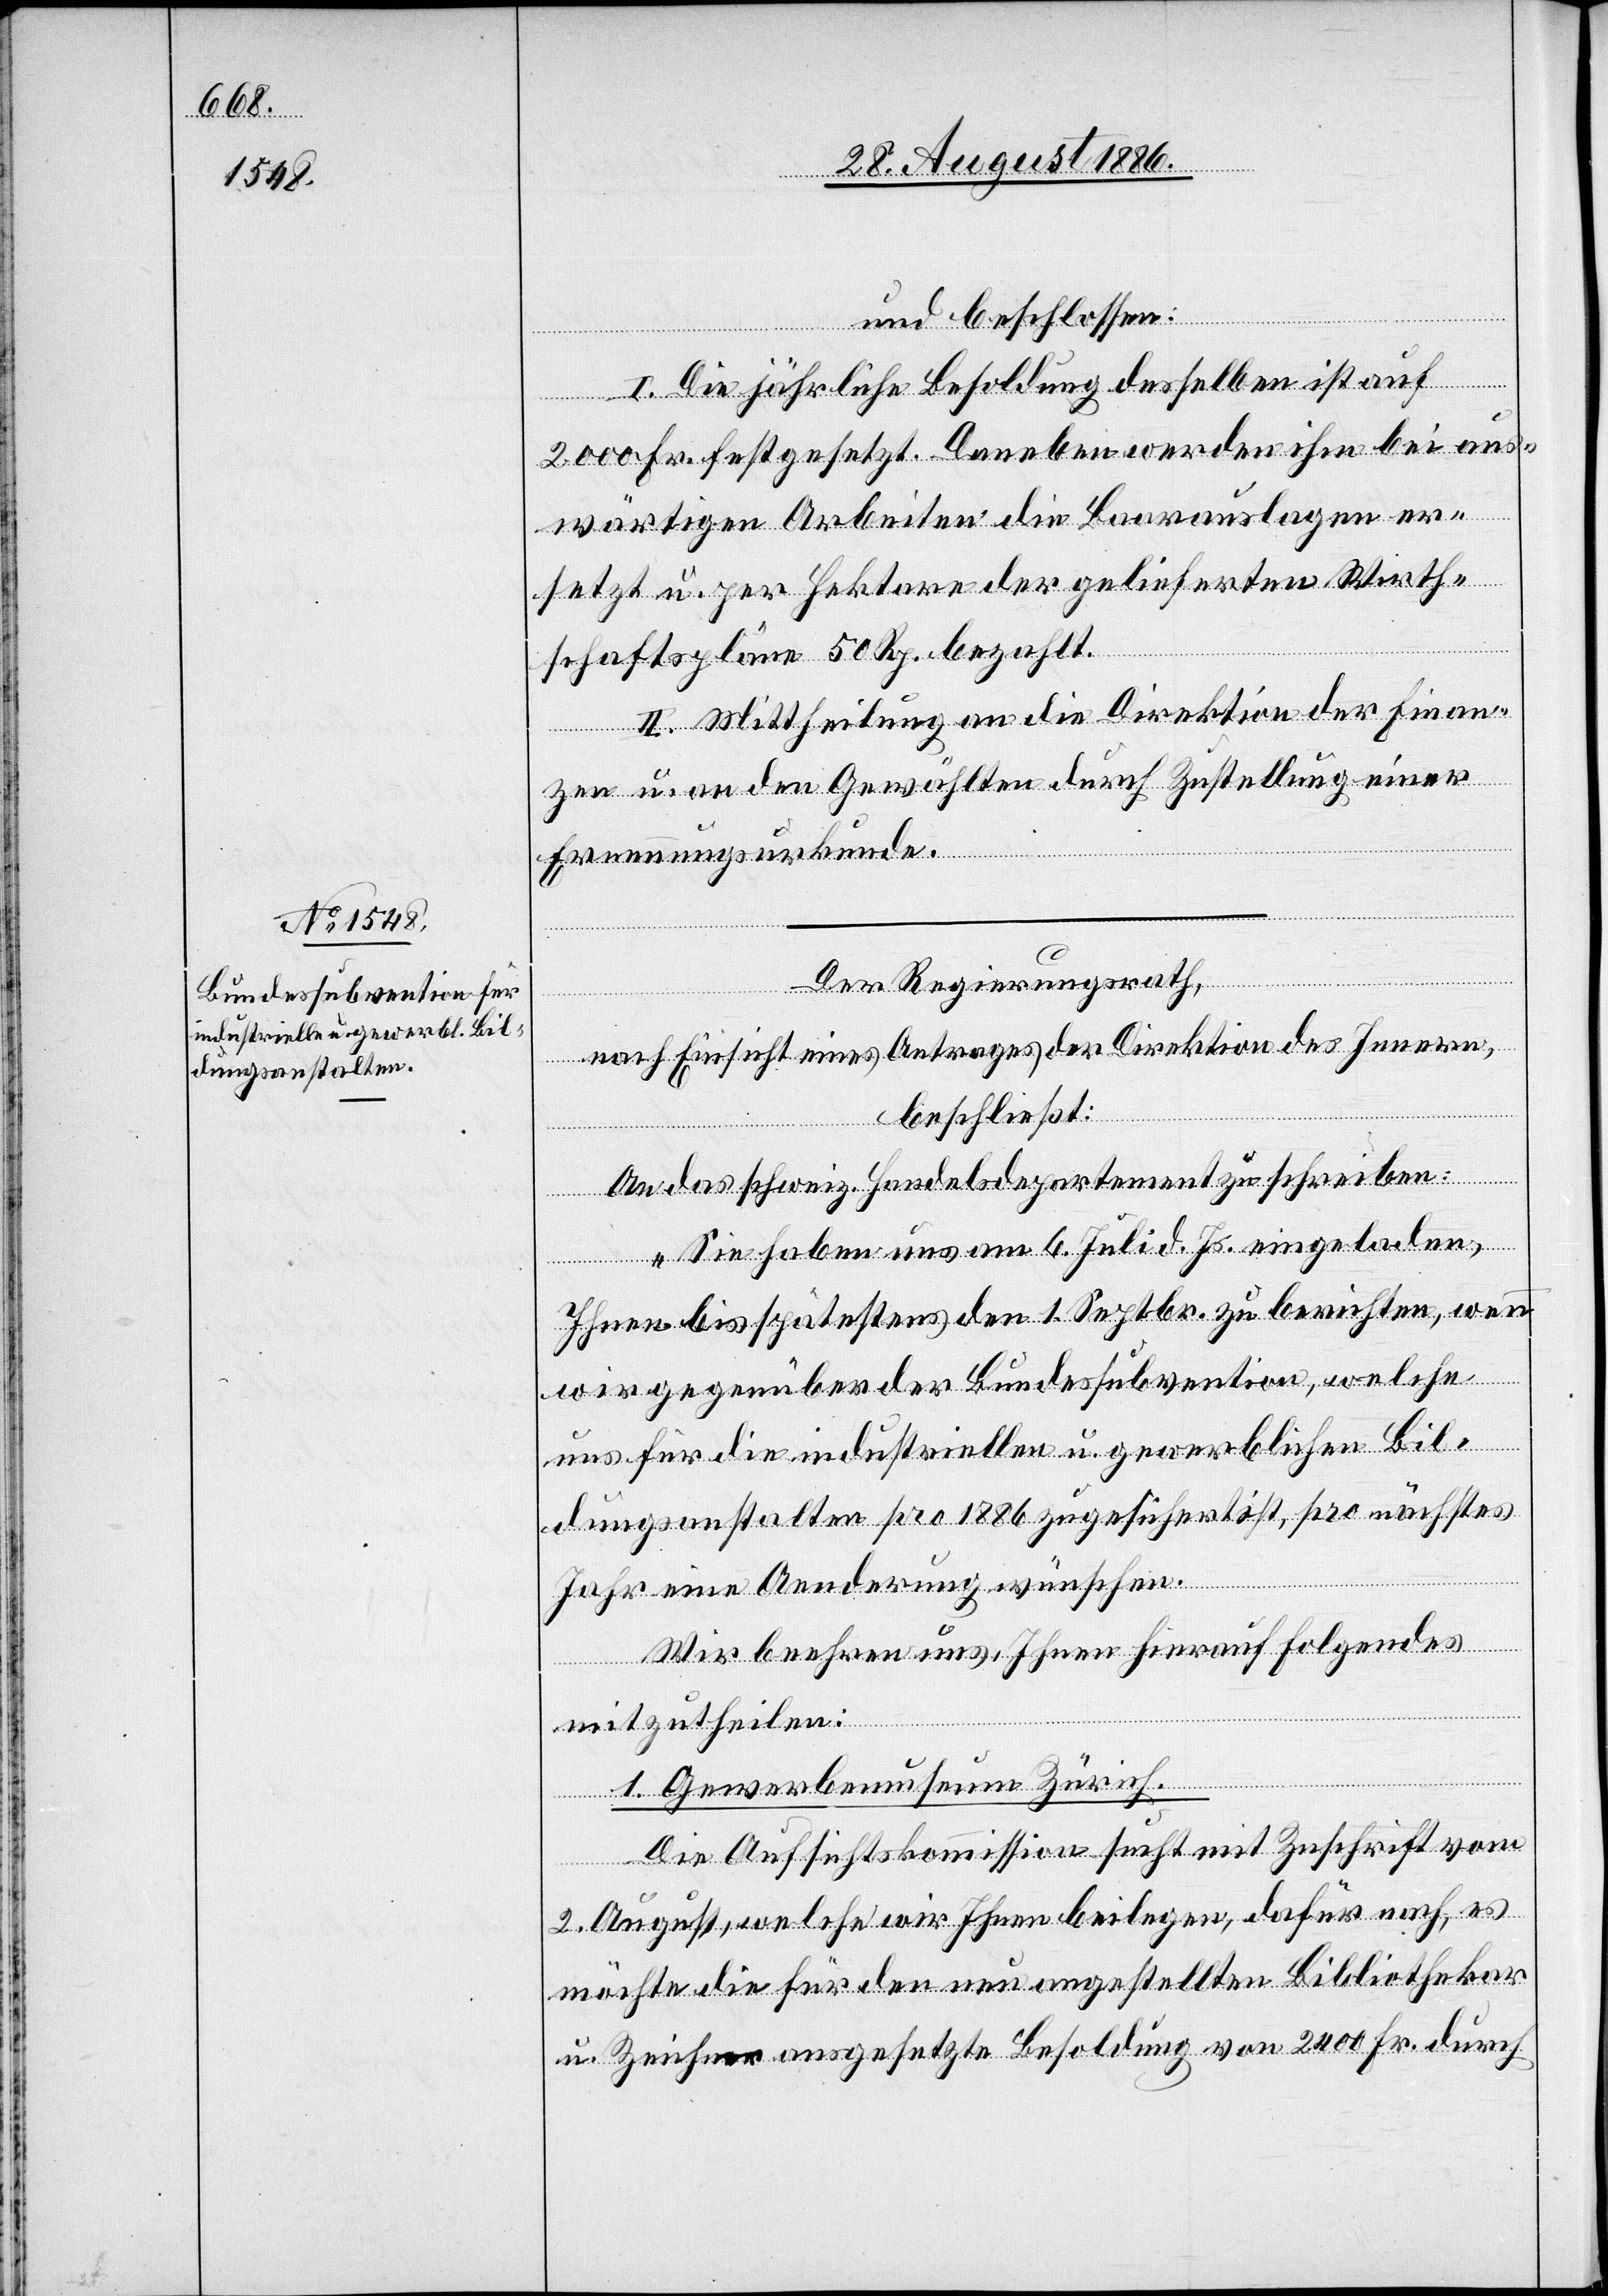
und beschlossen:
I. Die jährliche Besoldung desselben ist auf
2000 Fr. festgesetzt. Daneben werden ihm bei aus¬
wärtigen Arbeiten die Baarauslagen er¬
setzt u. per Hektare der gelieferten Wirth¬
schaftspläne 50 Rp. bezahlt.
II. Mittheilung an die Direktion der Finan¬
zen u. an den Gewählten durch Zustellung einer
Ernennungsurkunde.
Der Regierungsrath,
nach Einsicht eines Antrages der Direktion des Innern,
beschließt:
An das schweiz. Handelsdepartement zu schreiben:
„Sie haben uns am 6. Juli d. Js. eingeladen,
Ihnen bis spätestens den 1. Septbr. zu berichten, wen¬
n
wir gegenüber der Bundessubvention, welche
uns für die industriellen u. gewerblichen Bil¬
dungsanstalten pro 1886 zugesichert ist, pro nächstes
Jahr eine Aenderung wünschen.
Wir beehren uns, Ihnen hierauf Folgendes
mitzutheilen:
1. Gewerbemusem Zürich.
Die Aufsichtskommission sucht mit Zuschrift vom
2. August, welche wir Ihnen beilegen, dafür nach, es
möchte die für den neu angestellten Bibliothekar
u. Zeichner ausgesetzte Besoldung von 2400 Fr. durch